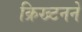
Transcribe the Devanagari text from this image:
क्रिख्टनने